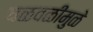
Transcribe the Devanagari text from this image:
चळवळींमुळे